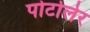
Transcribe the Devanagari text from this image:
पोटोलेर